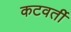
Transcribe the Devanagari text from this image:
कटवर्ती